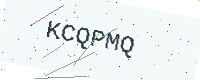
Text: KCQPMQ